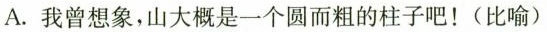
A.我曾想象，山大概是一个圆而粗的柱子吧！(比喻)